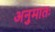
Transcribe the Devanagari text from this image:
अनुमातः